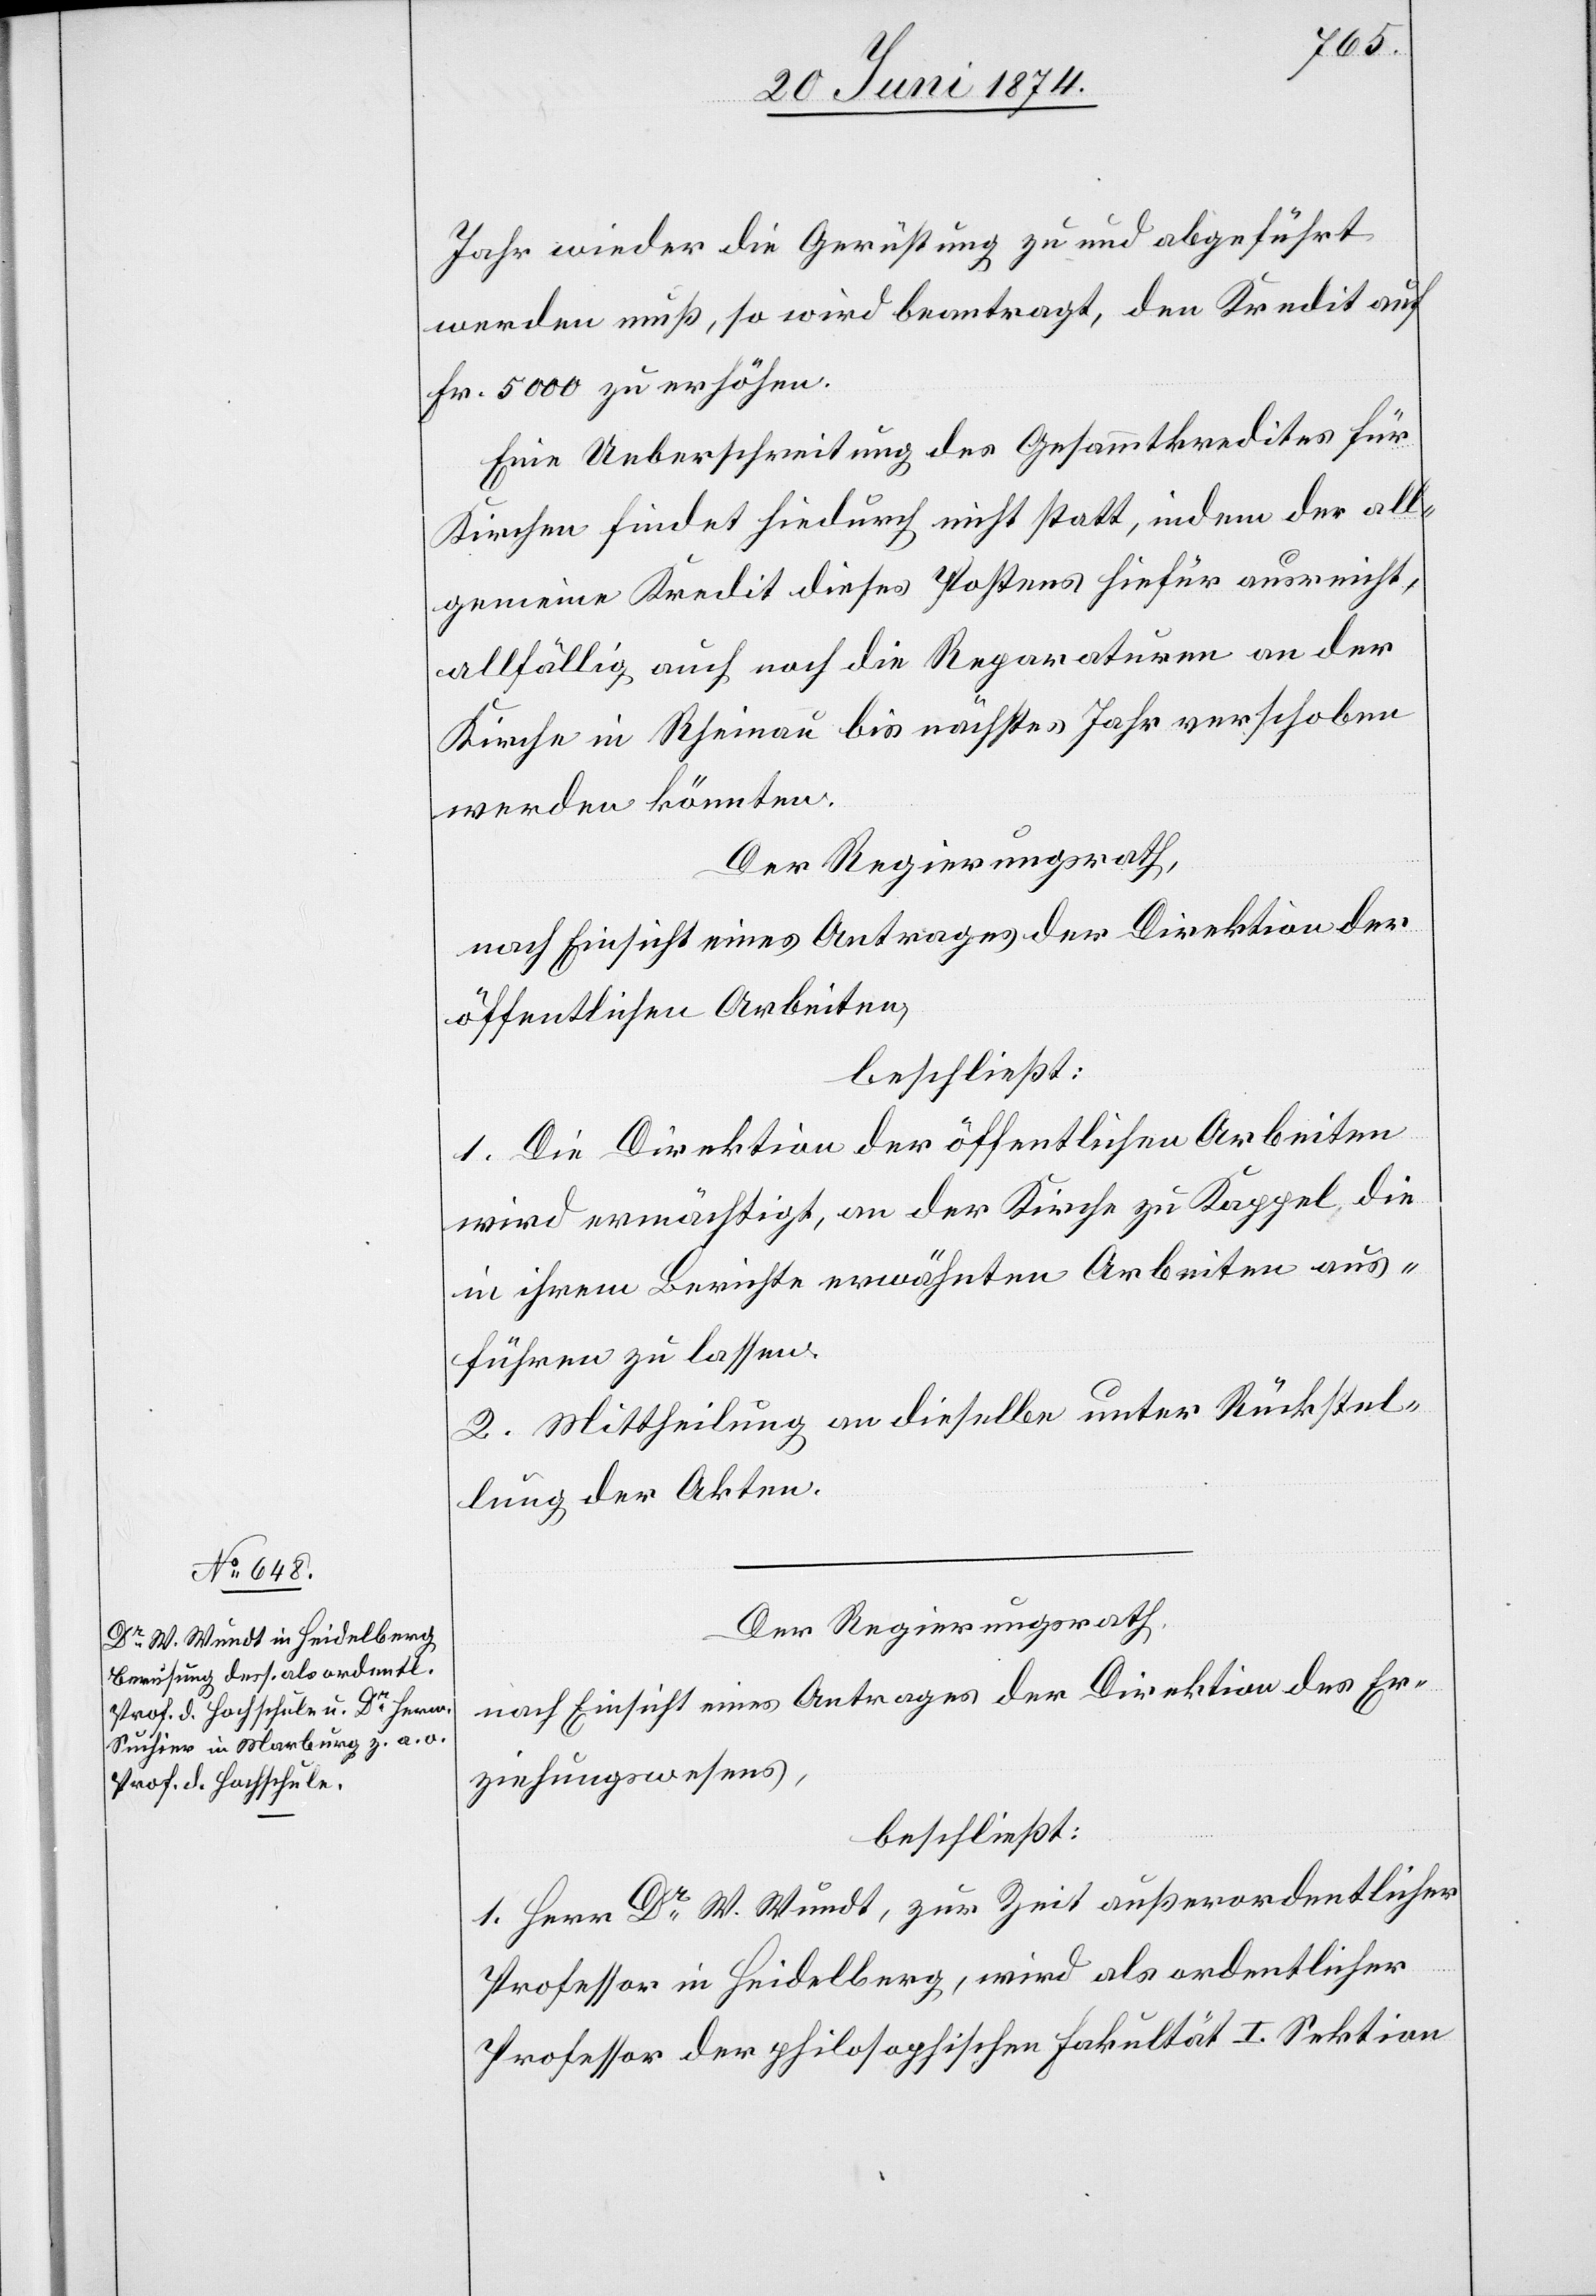
Jahr wieder die Gerüstung zu und abgeführt
werden muß, so wird beantragt, den Kredit auf
Fr. 5000 zu erhöhen.
Eine Ueberschreitung des Gesammtkredites für
Kirchen findet hiedurch nicht statt, indem der all¬
gemeine Kredit dieses Postens hiefür ausreicht,
allfällig auch noch die Reparaturen an der
Kirche in Rheinau bis nächstes Jahr verschoben
werden könnten.
Der Regierungsrath,
nach Einsicht eines Antrages Direktion der
öffentlichen Arbeiten,
beschließt:
1. Die Direktion der öffentlichen Arbeiten
wird ermächtigt, an der Kirche zu Kappel die
in ihrem Berichte erwähnten Arbeiten aus¬
führen zu lassen.
2. Mittheilung an dieselbe unter Rückstel¬
lung der Akten.
Der Regierungsrath,
nach Einsicht eines Antrages der Direktion des Er¬
ziehungswesens,
beschließt:
1. Herrn Dr W. Wundt, zur Zeit außerordentlicher
Professor in Heidelberg, wird als ordentlicher
Professor der philosophischen Fakultät I. Sektion